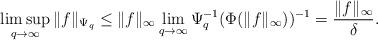
LaTeX: \begin{align*} \limsup_{q\rightarrow\infty}\|f\|_{\Psi_q}\leq\|f\|_\infty\lim_{q\rightarrow\infty}\Psi_q^{-1}(\Phi(\|f\|_\infty))^{-1}=\frac{\|f\|_\infty}{\delta}.\end{align*}